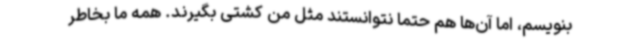
بنویسم، اما آن‌ها هم حتما نتوانستند مثل من کشتی بگیرند. همه ما بخاطر